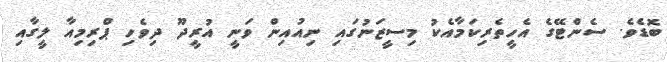
ބޮޑެވެ. ސެންޓޭގެ އެހީތެރިކަމާއެކު މިސީޒަނުގައި ނިއުއިން ވަނީ އުރީދޫ ދިވެހި ޕްރިމިއާ ލީގާއި